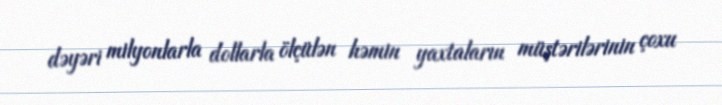
dəyəri milyonlarla dollarla ölçülən həmin yaxtaların müştərilərinin çoxu